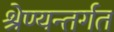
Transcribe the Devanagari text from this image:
श्रेण्यन्तर्गत